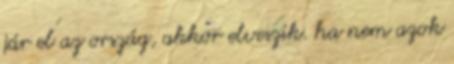
jár el az ország, akkor elveszik. ha nem azok